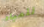
للمياه